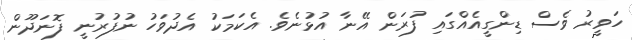
ހަވީރު ވެސް ޑިންގީއެއްގައި ފުރަން އޭނާ އުޅުނެވެ. އެކަމަކު އެދުވަހު ނުފުރުނީ ފޮނަދޫން